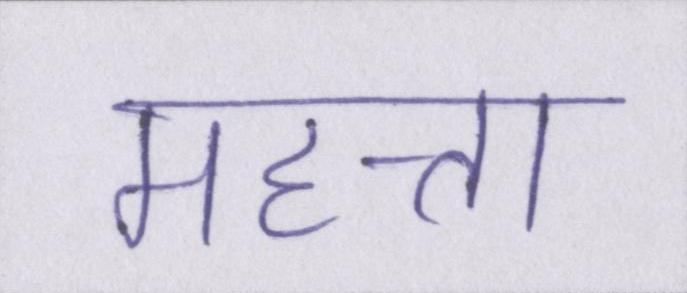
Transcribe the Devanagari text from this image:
महत्ता